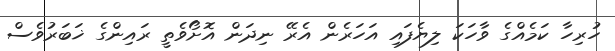
ހުރިހާ ކަމެއްގެ ވާހަކަ ލިޔެފައި އަހަރެން އެރޭ ނިދަން އޮށޯވެތީ ރައިންގެ ޚަބަރުވެސް